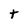
Character: t